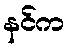
နင်က